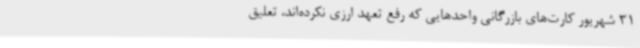
31 شهریور کارت‌های بازرگانی واحدهایی که رفع تعهد ارزی نکرده‌اند، تعلیق